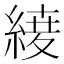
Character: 𮈦